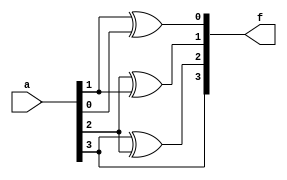
module bin_to_gray(
    input [3:0]a,
    output [3:0]f
    );
    assign f[0]=(a[1]^a[0]);
    assign f[1]=(a[2]^a[1]);
    assign f[2]=(a[3]^a[2]);
    assign f[3]=a[3];
endmodule